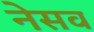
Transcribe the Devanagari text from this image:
नेसव